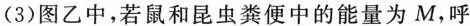
(3)图乙中，若鼠和昆虫粪便中的能量为M，呼